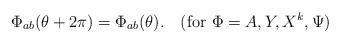
LaTeX: \begin{align*}\Phi_{ab}(\theta +2\pi)=\Phi_{ab}(\theta).\quad(\mbox{for } \Phi=A, Y, X^k, \Psi)\end{align*}